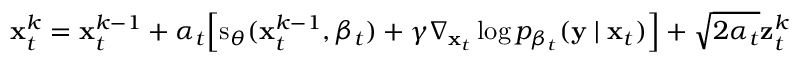
{ \bf { x } } _ { t } ^ { k } = { \bf { x } } _ { t } ^ { k - 1 } + \alpha _ { t } \Big [ \mathrm { { s } } _ { \boldsymbol { \theta } } ( { \bf { x } } _ { t } ^ { k - 1 } , \beta _ { t } ) + \gamma \nabla _ { { \bf { x } } _ { t } } \log p _ { \beta _ { t } } ( { \bf { y } } \mid { \bf { x } } _ { t } ) \Big ] + \sqrt { 2 \alpha _ { t } } { \bf { z } } _ { t } ^ { k }